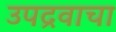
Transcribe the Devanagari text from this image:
उपद्रवाचा